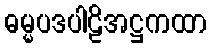
ဓမ္မပဒပါဠိအဋ္ဌကထာ